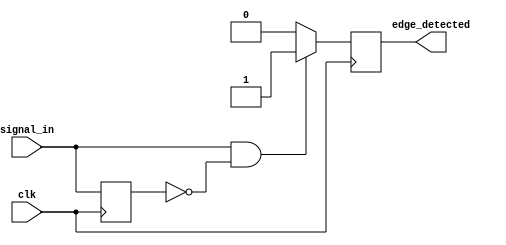
module positive_edge_detector (
    input wire clk,                // Input signal to be monitored
    input wire signal_in,          // Signal for which the positive edge detection is performed
    output reg edge_detected       // Output pulse indicating edge detection
);

    reg previous_state;            // Register to hold the previous state of the input signal

    // Always block triggered on the rising edge of the clock
    always @(posedge clk) begin
        // Capture the current state of the input signal
        previous_state <= signal_in;

        // Edge detection logic
        if (signal_in == 1'b1 && previous_state == 1'b0) begin
            edge_detected <= 1'b1;  // Rising edge detected, set output high
        end else begin
            edge_detected <= 1'b0;  // No edge detected, reset output
        end
    end

endmodule